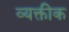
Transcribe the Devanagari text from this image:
व्यक्तीक